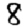
Digit: 8